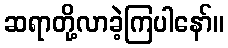
ဆရာတို့လာခဲ့ကြပါနော်။